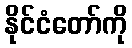
နိုင်ငံတော်ကို